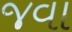
જવા